Lunatic asylums Madras 1877-1891 - 1877-1891
Year: 1877
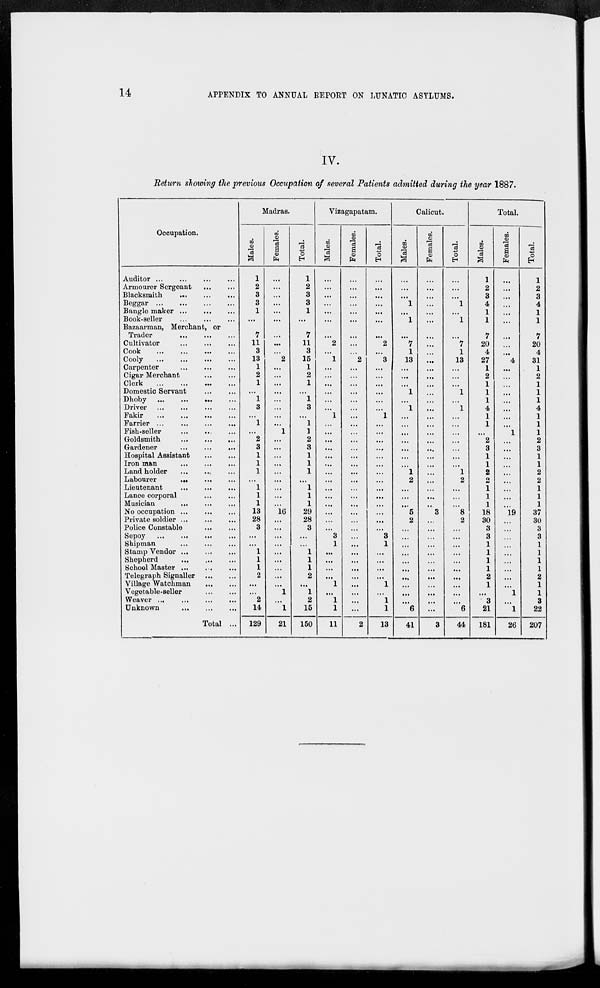
14
APPENDIX TO ANNUAL REPORT ON LUNATIC ASYLUMS.
IV.
Return showing the previous Occupation of several Patients admitted during the year 1887.
Occupation.
Auditor
...
...
...
...
Armourer Sergeant
...
...
Blacksmith ... ... ...
Beggar
...
...
...
...
Bangle maker ... ... ...
Book-seller ... ... ...
Bazaarman, Merchant, or
Trader ... ... ...
Cultivator
...
...
...
Cook
...
...
...
...
Cooly
... ... ...
...
Carpenter
...
...
...
Cigar Merchant
...
...
Clerk
...
...
...
...
Domestic Servant
...
...
Dhoby
...
...
...
...
Driver
...
...
...
...
Fakir
...
...
...
...
Farrier ...
...
...
...
Fish-seller
...
...
...
Goldsmith
...
...
...
Gardener
...
...
...
Hospital Assistant
...
...
Iron man
...
...
...
Land holder ... ... ...
Labourer
...
...
...
Lieutenant
...
...
...
Lance
corporal
...
...
Musician
...
...
...
No occupation ... ... ...
Private soldier
...
...
...
Police Constable ... ...
Sepoy
...
...
...
...
Shipman
...
...
...
Stamp Vendor
...
...
...
Shepherd ... ... ...
School Master
...
...
...
Telegraph Signaller ... ...
Village Watchman
...
...
Vegetable-seller
...
...
Weaver
...
...
...
...
Unknown
...
...
...
Total ...
Madras.
Males.
1
2
3
3
1
...
7
11
3
13
1
2
1
...
1
3
...
1
...
2
3
1
1
1
...
1
1
1
13
28
3
...
...
1
1
1
2
...
...
2
14
129
Females.
...
...
...
...
...
...
...
...
...
2
...
...
...
...
...
...
...
...
1
...
...
...
...
...
...
...
...
...
16
...
...
...
...
...
...
...
...
...
1
...
1
21
Total.
1
2
3
3
1
...
7
11
3
15
1
2
1
...
1
3
...
1
1
2
3
1
1
1
...
1
1
1
29
28
3
...
...
1
1
1
2
...
1
2
15
150
Vizagapatam.
Males.
...
...
...
...
...
...
...
2
...
1
...
...
...
...
...
...
1
...
...
...
...
...
...
...
...
...
...
...
...
...
...
3
1
...
...
...
...
1
...
1
1
11
Females.
...
...
...
...
...
...
...
...
...
2
...
...
...
...
...
...
...
...
...
...
...
...
...
...
...
...
...
...
...
...
...
...
...
...
...
...
...
...
...
...
...
2
Total.
...
...
...
...
...
...
...
2
...
3
...
...
...
...
...
...
1
...
...
...
...
...
...
...
...
...
...
...
...
...
...
3
1
...
...
...
...
1
...
1
1
13
Calicut.
Males.
...
...
...
1
...
1
...
7
1
13
...
...
...
1
...
1
...
...
...
...
...
...
...
1
2
...
...
...
5
2
...
...
...
...
...
...
...
...
...
...
6
41
Females.
...
...
...
...
...
...
...
...
...
...
...
...
...
...
...
...
...
...
...
...
...
...
...
...
...
...
...
...
3
...
...
...
...
...
...
...
...
...
...
...
...
3
Total.
...
...
...
1
...
1
...
7
1
13
...
...
...
1
...
1
...
...
...
...
...
...
...
1
2
...
...
...
8
2
...
...
...
...
...
...
...
...
...
...
6
44
Total.
Males.
1
2
3
4
1
1
7
20
4
27
1
2
1
1
1
4
1
1
...
2
3
1
1
2
2
1
1
1
18
30
3
3
1
1
1
1
2
1
...
3
21
181
Females.
...
...
...
...
...
...
...
...
...
4
...
...
...
...
...
...
...
...
1
...
...
...
...
...
...
...
...
...
19
...
...
...
...
...
...
...
...
...
1
...
1
26
Total.
1
2
3
4
1
1
7
20
4
31
1
2
1
1
1
4
1
1
1
2
3
1
1
2
2
1
1
1
37
30
3
3
1
1
1
1
2
1
1
3
22
207